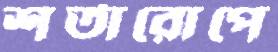
শর্তারোপে